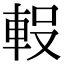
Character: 𮝇